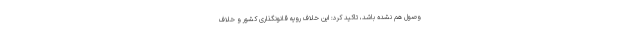
وصول هم نشده باشد، تاکید کرد: این خلاف رویه قانونگذاری کشور و خلاف